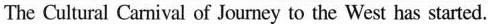
，The Cultural Carnival of Journey to the West has started。